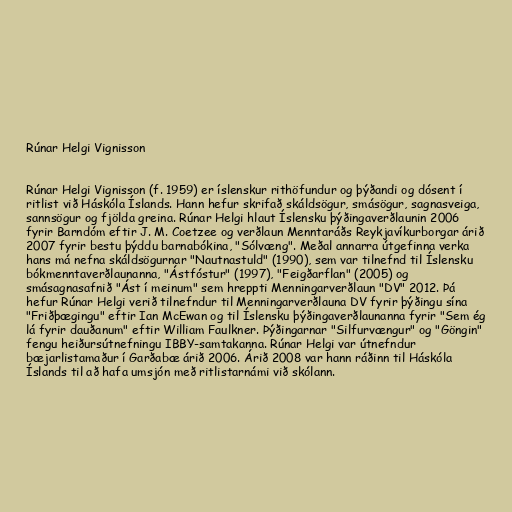
Rúnar Helgi Vignisson

Rúnar Helgi Vignisson (f. 1959) er íslenskur rithöfundur og þýðandi og dósent í
ritlist við Háskóla Íslands. Hann hefur skrifað skáldsögur, smásögur, sagnasveiga,
sannsögur og fjölda greina. Rúnar Helgi hlaut Íslensku þýðingaverðlaunin 2006
fyrir Barndóm eftir J. M. Coetzee og verðlaun Menntaráðs Reykjavíkurborgar árið
2007 fyrir bestu þýddu barnabókina, "Sólvæng". Meðal annarra útgefinna verka
hans má nefna skáldsögurnar "Nautnastuld" (1990), sem var tilnefnd til Íslensku
bókmenntaverðlaunanna, "Ástfóstur" (1997), "Feigðarflan" (2005) og
smásagnasafnið "Ást í meinum" sem hreppti Menningarverðlaun "DV" 2012. Þá
hefur Rúnar Helgi verið tilnefndur til Menningarverðlauna DV fyrir þýðingu sína
"Friðþægingu" eftir Ian McEwan og til Íslensku þýðingaverðlaunanna fyrir "Sem ég
lá fyrir dauðanum" eftir William Faulkner. Þýðingarnar "Silfurvængur" og "Göngin"
fengu heiðursútnefningu IBBY-samtakanna. Rúnar Helgi var útnefndur
bæjarlistamaður í Garðabæ árið 2006. Árið 2008 var hann ráðinn til Háskóla
Íslands til að hafa umsjón með ritlistarnámi við skólann.